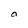
Character: a